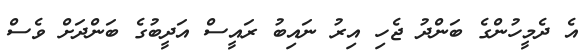
އެ ދެމީހުންގެ ބަންދު ޖެހި އިރު ނައިބު ރައީސް އަދީބުގެ ބަންދަށް ވެސް